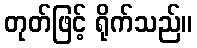
တုတ်ဖြင့် ရိုက်သည်။